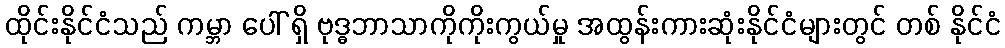
ထိုင်းနိုင်ငံသည် ကမ္ဘာ ပေါ် ရှိ ဗုဒ္ဓဘာသာကိုကိုးကွယ်မှု အထွန်းကားဆုံးနိုင်ငံများတွင် တစ် နိုင်ငံ